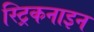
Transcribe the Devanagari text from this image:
स्ट्रिकनाइन